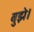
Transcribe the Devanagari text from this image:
बुझे।